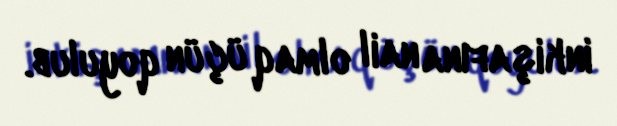
inkişafına nail olmaq üçün qoyulub.